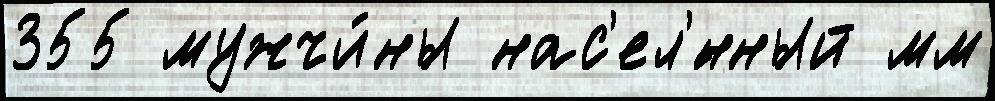
355 мужчи́ны нас'ел'́нный мм